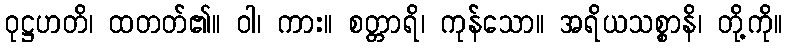
ဝုဋ္ဌဟတိ၊ ထတတ်၏။ ဝါ၊ ကား။ စတ္တာရိ၊ ကုန်သော။ အရိယသစ္စာနိ၊ တို့ကို။